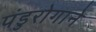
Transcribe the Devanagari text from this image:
पंडुरोगाने